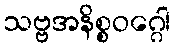
သဗ္ဗအနိစ္စဝဂ္ဂေါ